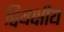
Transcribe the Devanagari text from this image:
द्वियक्षीय